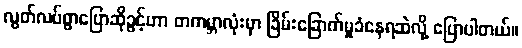
လွတ်လပ်စွာပြောဆိုခွင့်ဟာ တကမ္ဘာလုံးမှာ ခြိမ်းခြောက်မှုခံနေရဆဲလို့ ပြောပါတယ်။